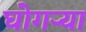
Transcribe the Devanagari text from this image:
घोगर्‍या